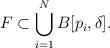
LaTeX: \begin{align*} F\subset \bigcup_{i=1}^NB[p_i,\delta].\end{align*}